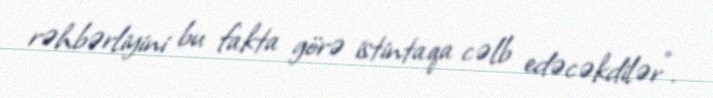
rəhbərliyini bu fakta görə istintaqa cəlb edəcəkdilər".